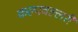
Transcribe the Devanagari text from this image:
कल्पवल्लरी